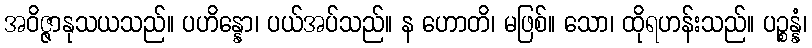
အဝိဇ္ဇာနုသယသည်။ ပဟိန္နော၊ ပယ်အပ်သည်။ န ဟောတိ၊ မဖြစ်။ သော၊ ထိုရဟန်းသည်။ ပဉ္စန္နံ၊